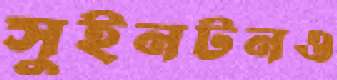
সুইনটনও